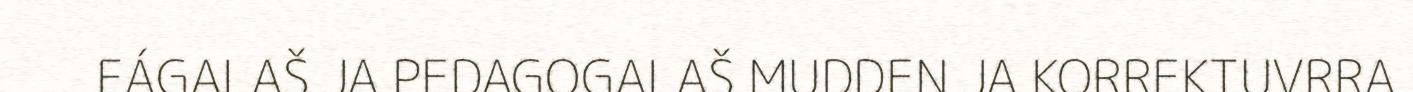
FÁGALAŠ JA PEDAGOGALAŠ MUDDEN JA KORREKTUVRRA